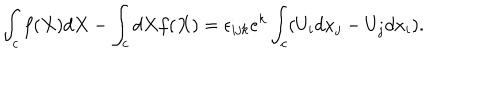
\int _ { c } f ( X ) d X - \int _ { c } d X f ( X ) = \epsilon _ { i j k } e ^ { k } \int _ { c } ( U _ { i } d x _ { j } - U _ { j } d x _ { i } ) .